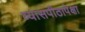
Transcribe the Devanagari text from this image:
व्यासपीठापेक्षा